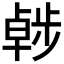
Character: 𣦖